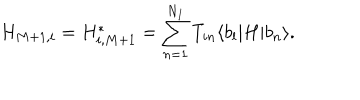
H _ { M + 1 , i } = H _ { i , M + 1 } ^ { * } = \sum _ { n = 1 } ^ { N _ { I } } T _ { i n } \langle b _ { l } | H | b _ { n } \rangle .